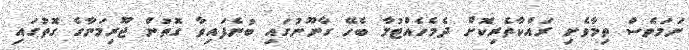
ނަމަވެސް ތިމާވެށި ރައްކާތެރިކޮށް ދެމެހެއްޓުމާ ބެހޭ ގާނޫނުގައި ބުނެފައިވާ ގޮތުން ޖޫރިމަނާގެ ގޮތުގައި